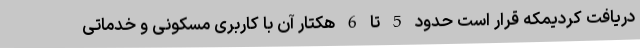
دریافت کردیمکه قرار است حدود 5 تا 6 هکتار آن با کاربری مسکونی و خدماتی